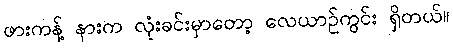
ဖားကန့် နားက လုံးခင်းမှာတော့ လေယာဉ်ကွင်း ရှိတယ်။